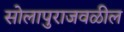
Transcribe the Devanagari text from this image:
सोलापुराजवळील